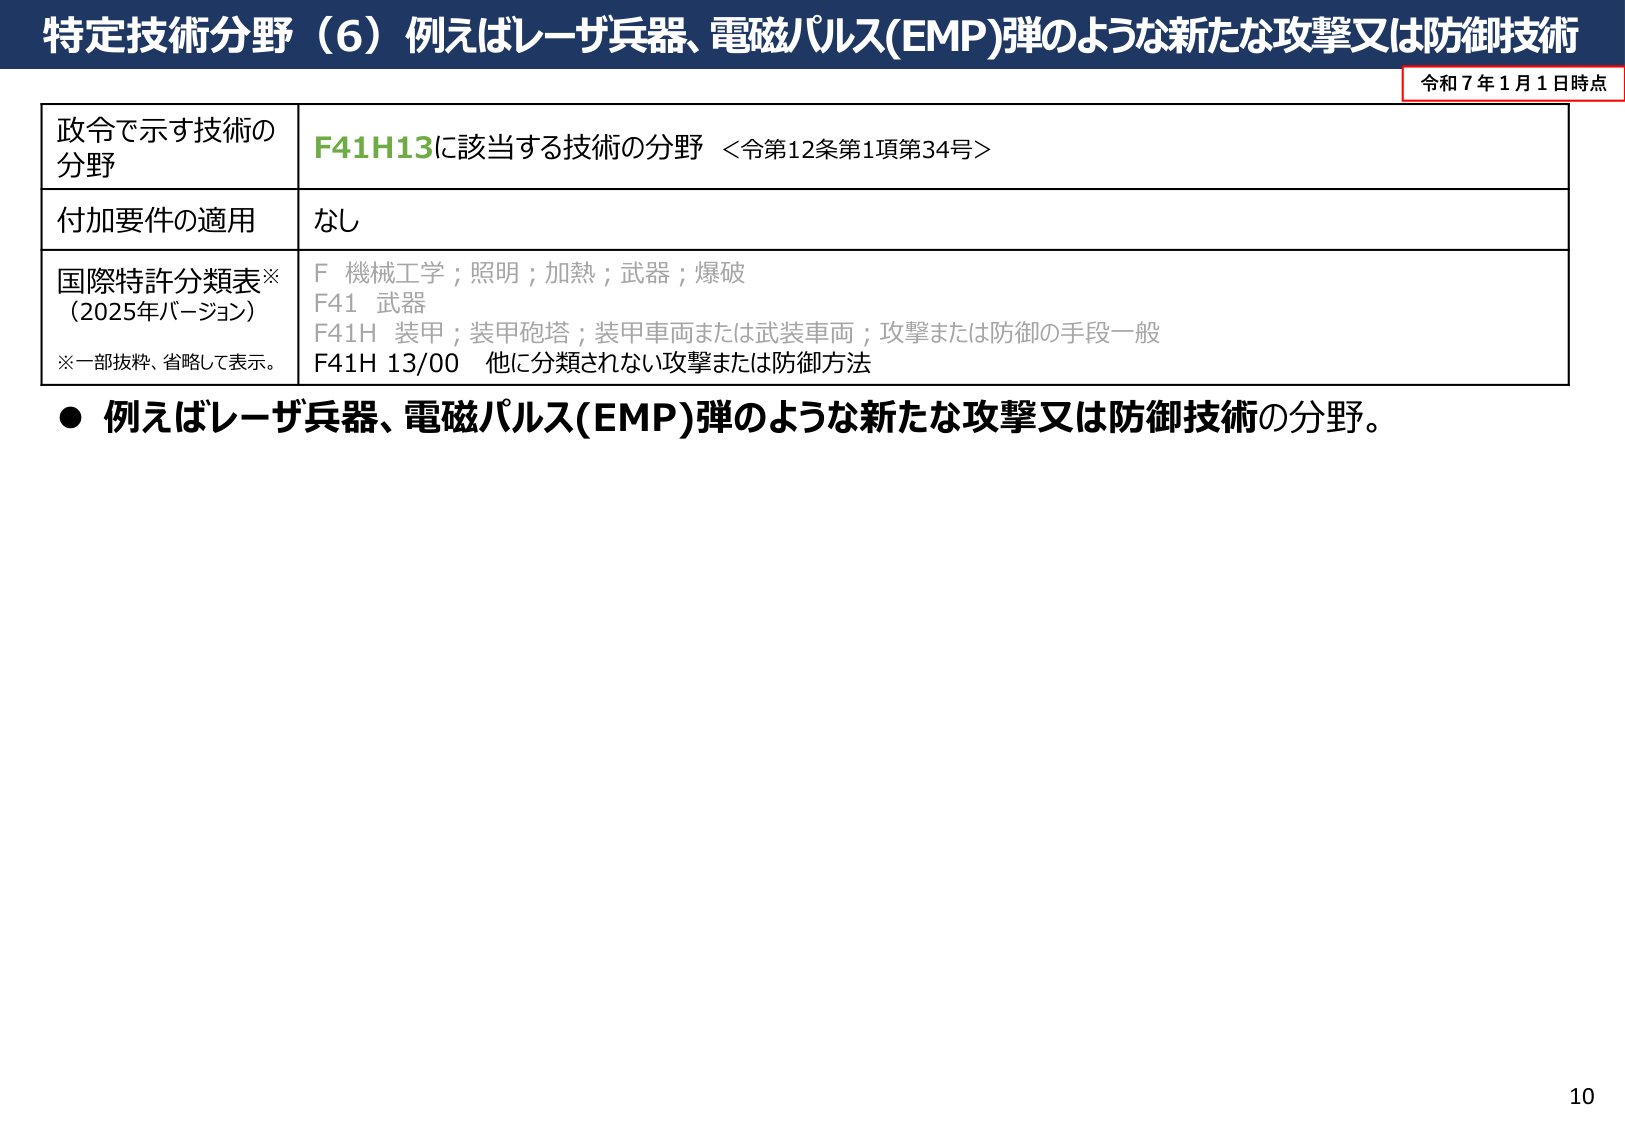
特定技術分野（6）例えばレーザ兵器、電磁パルス(EMP)弾のような新たな攻撃又は防御技術

令和7年1月1日時点

政令で示す技術の
分野
F41H13に該当する技術の分野 <令第12条第1項第34号>

付加要件の適用
なし

国際特許分類表※
（2025年バージョン）
※一部抜粋、省略して表示。
F 機械工学；照明；加熱；武器；爆破
F41 武器
F41H 装甲；装甲砲塔；装甲車両または武装車両；攻撃または防御の手段一般
F41H 13/00 他に分類されない攻撃または防御方法

● 例えばレーザ兵器、電磁パルス(EMP)弾のような新たな攻撃又は防御技術の分野。

10